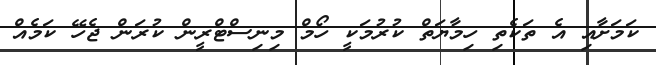
ކަމަށާއި އެ ތަކެތި ހިމާޔަތް ކުރުމަކީ ހޯމް މިނިސްޓްރީން ކުރަން ޖެހޭ ކަމެއް